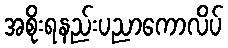
အစိုးရနည်းပညာကောလိပ်